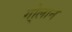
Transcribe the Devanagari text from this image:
गो्लान